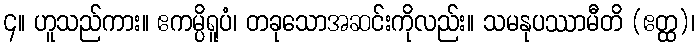
၄။ ဟူသည်ကား။ ဧကမ္ပိရူပံ၊ တခုသောအဆင်းကိုလည်း။ သမနုပဿာမီတိ (ဧတ္ထ)၊